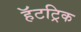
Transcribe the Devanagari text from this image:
हॅटट्रिक